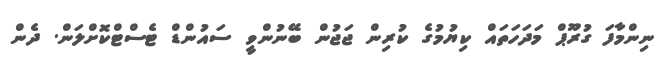
ނިންމާފަ ގުރޫޕް މަދަހަތައް ކިޔުމުގެ ކުރިން ޖަޖުން ބޭނުންވީ ސައުންޑް ޓެސްޓްކޮށްލަން. ދެން